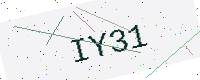
Text: IY31